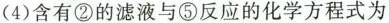
(4)含有②的滤液与⑤反应的化学方程式为